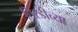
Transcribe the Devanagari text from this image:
तिरडीच्या